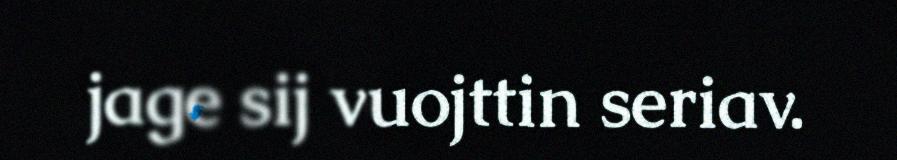
jage sij vuojttin seriav.